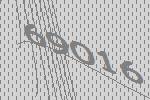
69016